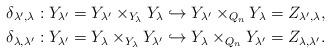
LaTeX: \begin{gather*}\delta_{\lambda',\lambda}:Y_{\lambda'}=Y_{\lambda'}\times_{Y_\lambda}Y_\lambda\hookrightarrow Y_{\lambda'}\times_{Q_n} Y_{\lambda} = Z_{\lambda',\lambda},\\\delta_{\lambda,\lambda'}:Y_{\lambda'}=Y_\lambda\times_{Y_\lambda}Y_{\lambda'}\hookrightarrow Y_{\lambda}\times_{Q_n} Y_{\lambda'} = Z_{\lambda,\lambda'}.\end{gather*}